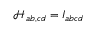
{ \mathcal { H } _ { a b , c d } ^ { \ } = I _ { a b c d } }